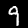
Label: 9